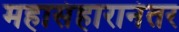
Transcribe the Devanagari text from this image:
महासंहारानंतर